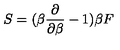
S = ( \beta { \frac { \partial } { \partial \beta } } - 1 ) \beta F